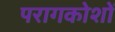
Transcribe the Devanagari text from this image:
परागकोशों